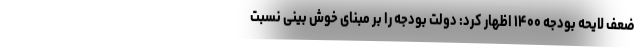
ضعف لایحه بودجه ۱۴۰۰ اظهار کرد: دولت بودجه را بر مبنای خوش بینی نسبت